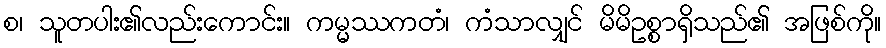
စ၊ သူတပါး၏လည်းကောင်း။ ကမ္မဿကတံ၊ ကံသာလျှင် မိမိဥစ္စာရှိသည်၏ အဖြစ်ကို။